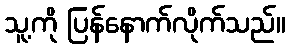
သူ့ကို ပြန်နောက်လိုက်သည်။